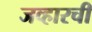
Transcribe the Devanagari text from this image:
जव्हारची